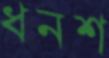
ধনশ